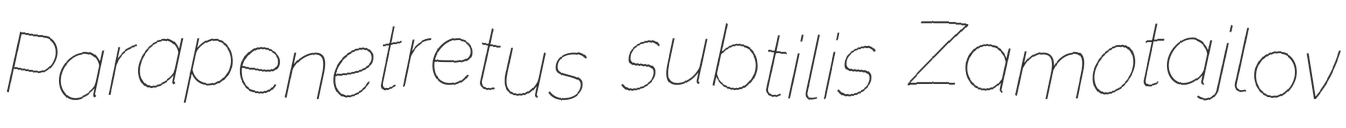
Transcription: Parapenetretus subtilis Zamotajlov